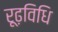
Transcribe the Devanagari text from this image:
रूढ़विधि